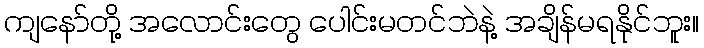
ကျနော်တို့ အလောင်းတွေ ပေါင်းမတင်ဘဲနဲ့ အချိန်မရနိုင်ဘူး။